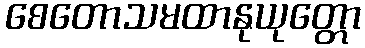
စေတောသမထာနုယုတ္တော